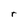
Character: r